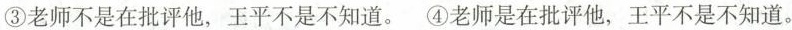
③老师不是在批评他，王平不是不知道。④老师是在批评他，王平不是不知道。